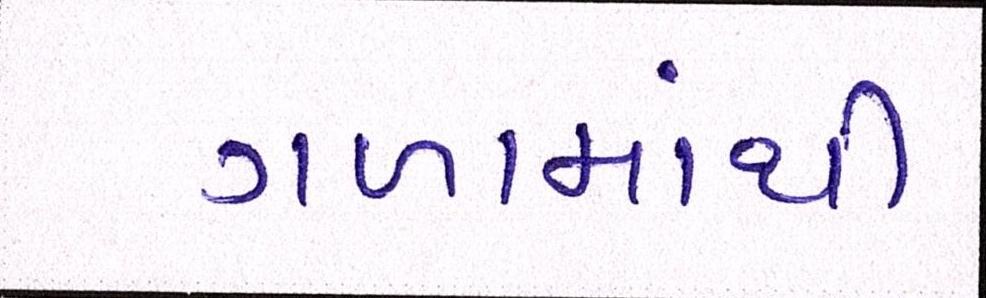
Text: ગળામાંથી